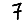
Digit: 7